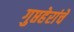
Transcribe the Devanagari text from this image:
गुप्तहेरांचे